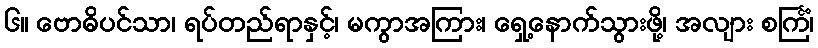
၆။ ဗောဓိပင်သာ၊ ရပ်တည်ရာနှင့်၊ မကွာအကြား၊ ရှေ့နောက်သွားဖို့၊ အလျား စင်္ကြံ၊